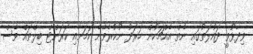
ވިދާޅުވީ ދައުލަތުގައި ނެތް އެއްޗަކުން ހަރަދު ނުކުރެވޭނެ ކަމަށާއި ކަރަންޓް ބިލްތައް ވެސް